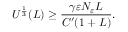
U ^ { \frac { 1 } { 3 } } ( L ) \geq \frac { \gamma \varepsilon N _ { \varepsilon } L } { C ^ { \prime } ( 1 + L ) } .